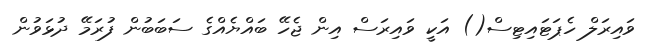
ވައިރަލް ހެޕަޓައިޓިސް() އަކީ ވައިރަސް އިން ޖެހޭ ބައްޔެއްގެ ސަބަބުން ފުރަމޭ ދުޅަވުން